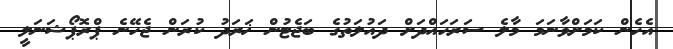
އެހެން ކަމަށްވާނަަމަ މާލެ ސަރަހައްދަށް ދައުލަތުގެ ބަޖެޓުން ޚަރަދު ކުރަން ޖެހޭނެ ޕްރޮޕޯޝަނަލީ